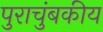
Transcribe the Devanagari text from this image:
पुराचुंबकीय